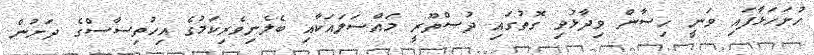
ހުށަހަޅާފައި ވަނީ ހިސާން ވިދާޅުވި ގޮތުގައި ދުސްތޫރީ މައްސަލައަކާއި ބެލެނިވެރިކަމުގެ އިހުތިސާސްގެ ދަށުން